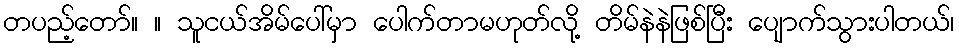
တပည့်တော်။ ။ သူငယ်အိမ်ပေါ်မှာ ပေါက်တာမဟုတ်လို့ တိမ်နဲနဲဖြစ်ပြီး ပျောက်သွားပါတယ်၊